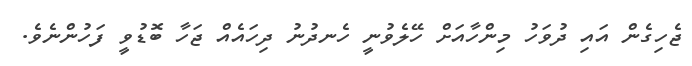
ޖެހިގެން އައި ދުވަހު މިންހާއަށް ހޭލެވުނީ ހެނދުނު ދިހައެއް ޖަހާ ބޮޑުވީ ފަހުންނެވެ.